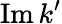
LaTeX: \operatorname{Im}k^{\prime}